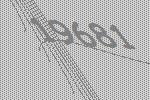
19681